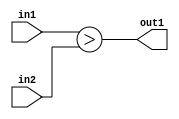
`timescale 1ps / 1ps
/*****************************************************************************
    Verilog RTL Description
    
    
    Created by: CellMath Designer 2019.1.01 
*******************************************************************************/

module DFT_compute_LessThan_8Ux8U_1U_0 (
	in2,
	in1,
	out1
	); /* architecture "behavioural" */ 
input [7:0] in2,
	in1;
output  out1;
wire  asc001;

assign asc001 = (in1>in2);

assign out1 = asc001;
endmodule

/* CADENCE  urf0QgE= : u9/ySgnWtBlWxVPRXgAZ4Og= ** DO NOT EDIT THIS LINE ******/